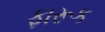
ફારૂક